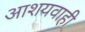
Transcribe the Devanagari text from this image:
आशयवाही